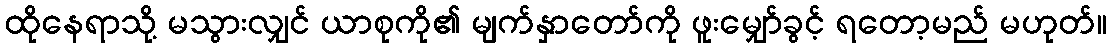
ထိုနေရာသို့ မသွားလျှင် ယာစုကို၏ မျက်နှာတော်ကို ဖူးမျှော်ခွင့် ရတော့မည် မဟုတ်။